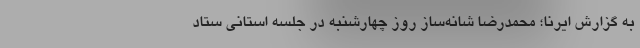
به گزارش ایرنا؛ محمدرضا شانه‌ساز روز چهارشنبه در جلسه استانی ستاد